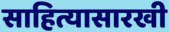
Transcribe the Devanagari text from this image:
साहित्यासारखी